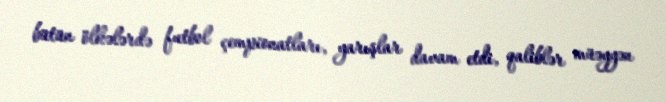
bütün ölkələrdə futbol çempionatları, yarışlar davam etdi, qaliblər müəyyən